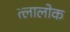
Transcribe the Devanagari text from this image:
त्लालोक